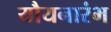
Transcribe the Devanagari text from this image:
यौयनारंभ